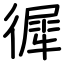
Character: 徲